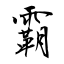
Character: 霸